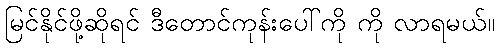
မြင်နိုင်ဖို့ဆိုရင် ဒီတောင်ကုန်းပေါ်ကို ကို လာရမယ်။